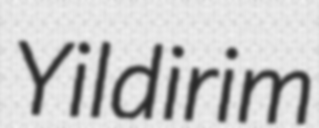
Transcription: Yildirim